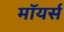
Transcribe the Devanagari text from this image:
मॉयर्स